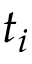
t _ { i }